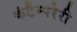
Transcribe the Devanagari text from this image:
कंटैम्परेरी